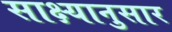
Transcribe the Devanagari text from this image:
साक्ष्यानुसार